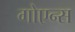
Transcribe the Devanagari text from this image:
गोएन्स